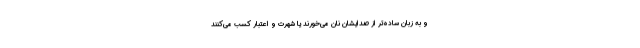
و به زبان ساده‌تر از صدایشان نان می‌خورند یا شهرت و اعتبار کسب می‌کنند